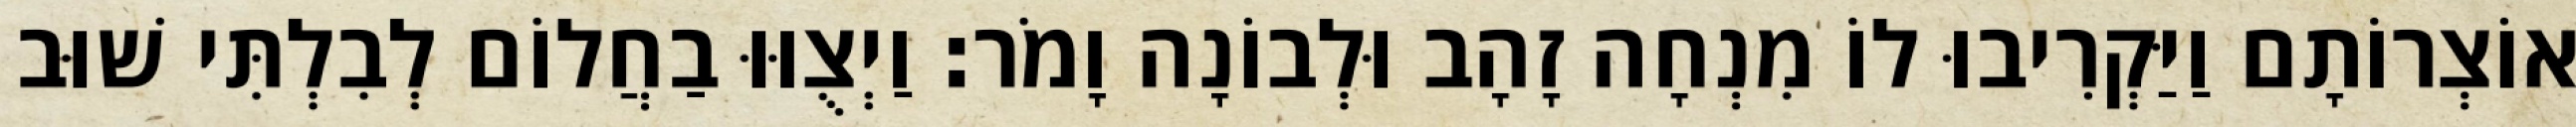
אוֹצְרוֹתָם וַיַּקְרִיבוּ לוֹ מִנְחָה זָהָב וּלְבוֹנָה וָמֹר׃ וַיְצֻוּוּ בַחֲלוֹם לְבִלְתִּי שׁוּב